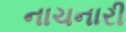
નાચનારી